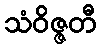
သံဝိဇ္ဇတီ